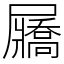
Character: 屫